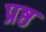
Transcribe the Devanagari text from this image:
प्रष्ठ